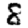
Digit: 8